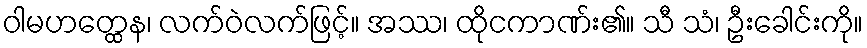
ဝါမဟတ္ထေန၊ လက်ဝဲလက်ဖြင့်။ အဿ၊ ထိုငကာဏ်း၏။ သီ သံ၊ ဦးခေါင်းကို။